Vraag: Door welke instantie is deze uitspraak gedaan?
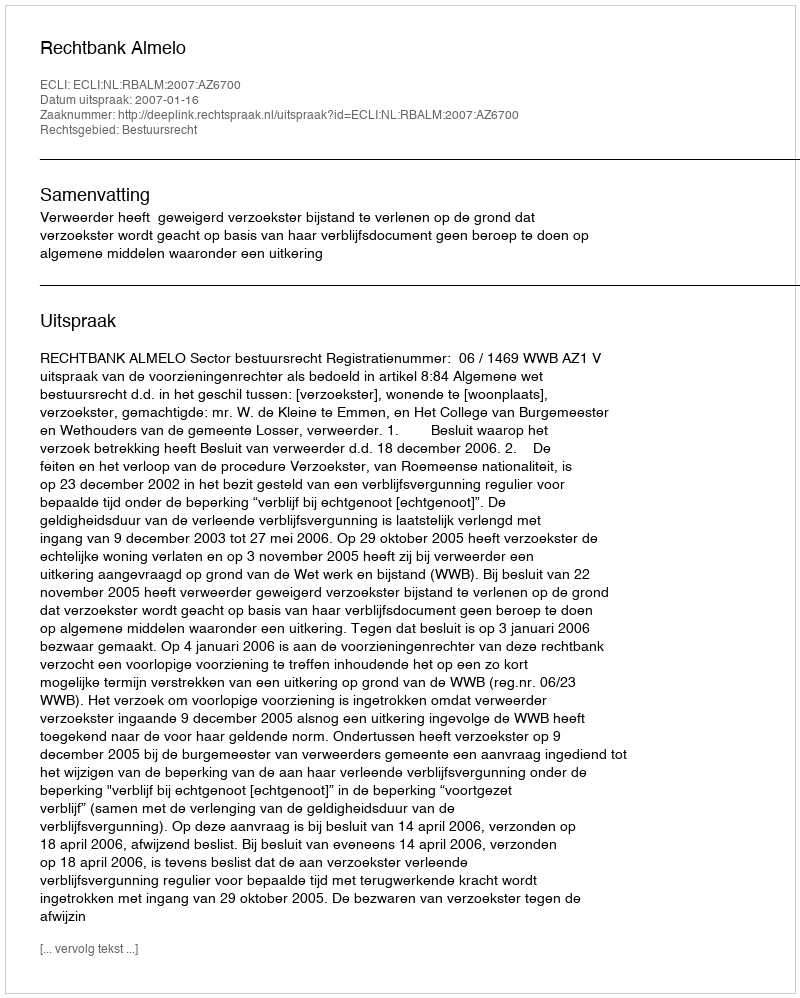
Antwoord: Rechtbank Almelo